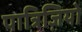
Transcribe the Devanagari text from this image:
पात्रिज़ियो